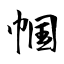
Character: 帼